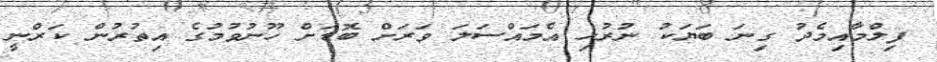
ފިލްމާއިމެދު ގިނަ ބަޔަކު ނުރުހި އެމައްސަލަ ވަރަށް ބޮޑަށް ހޫނުވުމުގެ އިތުރުން ކަރްނީ